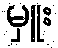
မှူး